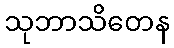
သုဘာသိတေန